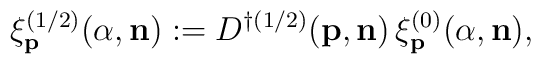
\xi^{(1/2)}_{\bf p}(\alpha,{\bf n}):= D^{\dagger(1/2)}({\bf p},{\bf n})\,\xi^{(0)}_{\bf p}(\alpha,{\bf n}),